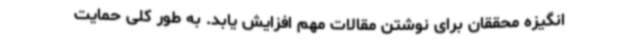
انگیزه‌ محققان برای نوشتن مقالات مهم افزایش یابد. به طور کلی حمایت